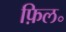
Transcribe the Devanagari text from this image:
फ़िल॰